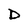
Character: D